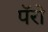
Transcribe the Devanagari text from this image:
पॅरो